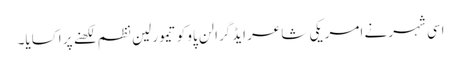
اسی شہر نے امریکی شاعر ایڈگرالن پاو کو تیمورلین نظم لکھنے پر اکسایا۔